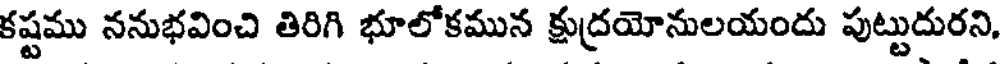
కష్టము ననుభవించి తిరిగి భూలోకమున క్షుద్రయోనులయందు పుట్టుదురని,